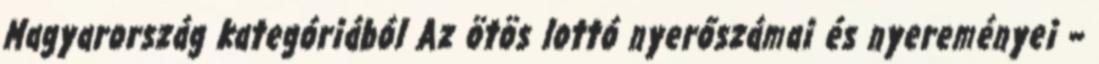
Magyarország kategóriából Az ötös lottó nyerőszámai és nyereményei –